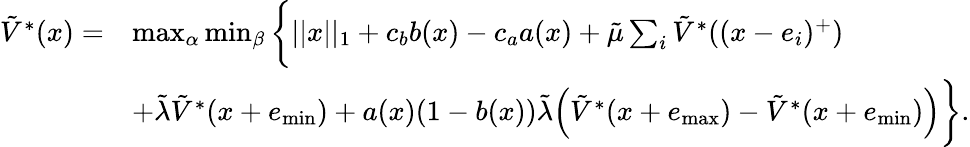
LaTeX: \begin{array}{rl}{\tilde{V}^{*}(x)=}&{\operatorname*{max}_{\alpha}\operatorname*{min}_{\beta}\bigg\{ ||x||_{1}+c_{b}b(x)-c_{a}a(x)+\tilde{\mu}\sum_{i}\tilde{V}^{*}((x-e_{i})^{+})}\\ &{+\tilde{\lambda}\tilde{V}^{*}(x+e_{\operatorname*{min}})+a(x)(1-b(x))\tilde{\lambda}\Big(\tilde{V}^{*}(x+e_{\operatorname*{max}})-\tilde{V}^{*}(x+e_{\operatorname*{min}})\Big)\bigg\} .}\end{array}